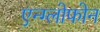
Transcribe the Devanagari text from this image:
एन्ग्लोफोन